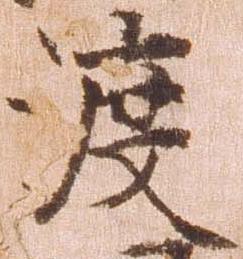
渡